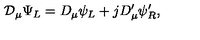
{ \cal D } _ { \mu } \Psi _ { L } = D _ { \mu } \psi _ { L } + j D _ { \mu } ^ { \prime } \psi _ { R } ^ { \prime } ,